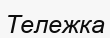
Тележка